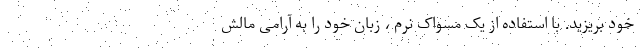
خود بریزید. با استفاده از یک مسواک نرم ، زبان خود را به آرامی مالش